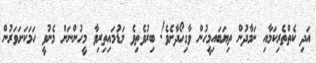
އަދި ކެތްތެރިކަމާއި ނަމާދުން ތިޔަބައިމީހުން ވާގިހޯދާށެވެ! ބިރުވެތިވެ މަޑުމައިތިރިވާ މީހުންނަށް މެނުވީ ހަމަކަށަވަރުން